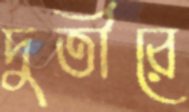
দুতীরে